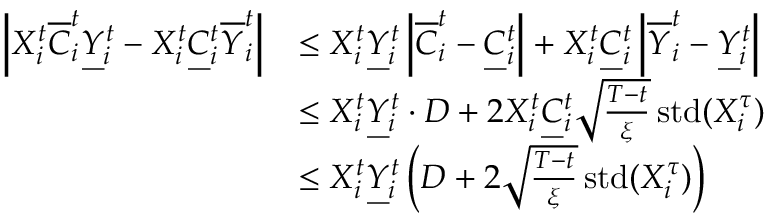
\begin{array} { r l } { \left\vert X _ { i } ^ { t } \overline { { C } } _ { i } ^ { t } \underbar { Y } _ { i } ^ { t } - X _ { i } ^ { t } \underbar { C } _ { i } ^ { t } { \overline { { Y } } _ { i } ^ { t } } \right\vert } & { \leq X _ { i } ^ { t } \underbar { Y } _ { i } ^ { t } \left\vert \overline { { C } } _ { i } ^ { t } - \underbar { C } _ { i } ^ { t } \right\vert + X _ { i } ^ { t } \underbar { C } _ { i } ^ { t } \left\vert \overline { { Y } } _ { i } ^ { t } - \underbar { Y } _ { i } ^ { t } \right\vert } \\ & { \leq X _ { i } ^ { t } \underbar { Y } _ { i } ^ { t } \cdot D + 2 X _ { i } ^ { t } \underbar { C } _ { i } ^ { t } \sqrt { \frac { T - t } { { \xi } } } \operatorname { s t d } ( X _ { i } ^ { \tau } ) } \\ & { \leq X _ { i } ^ { t } \underbar { Y } _ { i } ^ { t } \left( D + 2 \sqrt { \frac { T - t } { { \xi } } } \operatorname { s t d } ( X _ { i } ^ { \tau } ) \right) } \end{array}